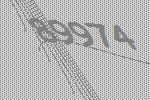
89974